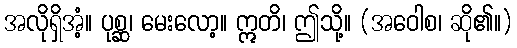
အလိုရှိအံ့။ ပုစ္ဆ၊ မေးလော့။ ဣတိ၊ ဤသို့။ (အဝေါစ၊ ဆို၏။)